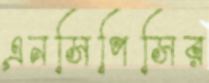
এনসিপিসির